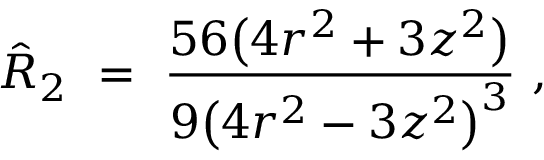
\hat { R } _ { 2 } \ = \ \frac { 5 6 \big ( 4 r ^ { 2 } + 3 z ^ { 2 } \big ) } { 9 \big ( 4 r ^ { 2 } - 3 z ^ { 2 } \big ) ^ { 3 } } ~ ,